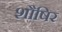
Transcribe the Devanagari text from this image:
शौषिर